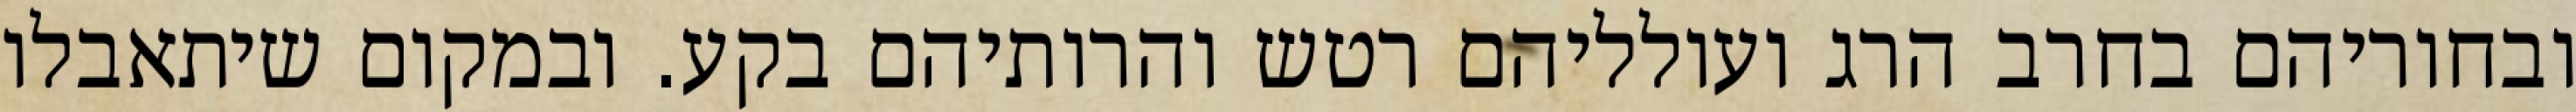
ובחוריהם בחרב הרג ועולליהם רטש והרותיהם בקע. ובמקום שיתאבלו